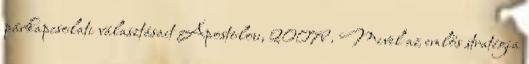
párkapcsolati választásait Apostolou, 2007b . Mivel az emlős stratégia